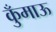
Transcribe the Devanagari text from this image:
कुँमाऊ